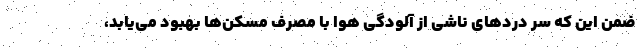
ضمن این که سر دردهای ناشی از آلودگی هوا با مصرف مسکن‌ها بهبود می‌یابد،